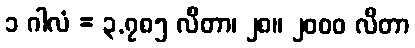
၁ ဂါလံ = ၃.၇၈၅ လီတာ၊ ၂၈။ ၂၀၀၀ လီတာ